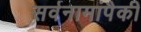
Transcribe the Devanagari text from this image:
सर्वनामांपैकी